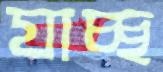
যাচ্ছ